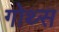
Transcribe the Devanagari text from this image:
गोथ्स